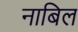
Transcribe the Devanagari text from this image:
नाबिल